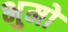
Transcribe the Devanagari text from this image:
भुमो